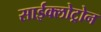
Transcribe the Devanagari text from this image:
साईक्लोट्रोन